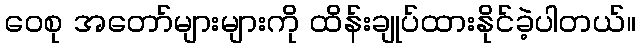
ဝေစု အတော်များများကို ထိန်းချုပ်ထားနိုင်ခဲ့ပါတယ်။